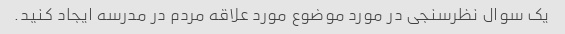
یک سوال نظرسنجی در مورد موضوع مورد علاقه مردم در مدرسه ایجاد کنید.